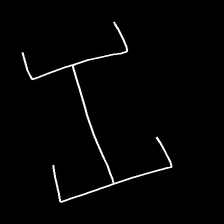
Glyph: entwine